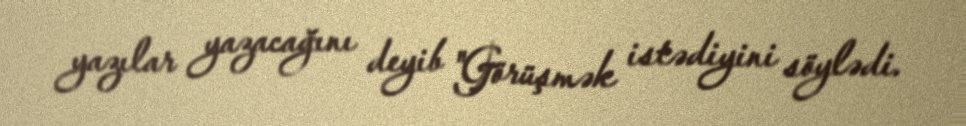
yazılar yazacağını deyib "Görüşmək istədiyini söylədi.